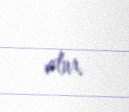
olur.